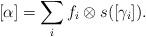
LaTeX: \begin{align*} [\alpha]= \displaystyle \sum_i f_i\otimes s([\gamma_i]).\end{align*}